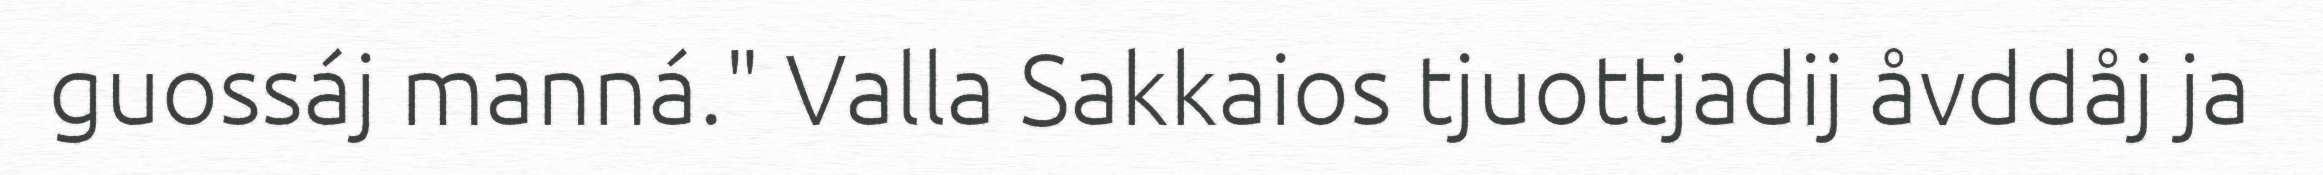
guossáj manná." Valla Sakkaios tjuottjadij åvddåj ja